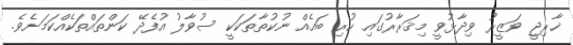
ޚާރިޖީ ވަޒީރު ވިދާޅުވީ މިޤަރާރުގައި ހުރި ބައެއް ނުކުތާތަކަކީ ސުވާލު އުފެދޭ ކަންތައްތަކެއްކަމަށެވެ.